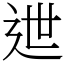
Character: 迣